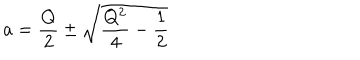
a = \frac { Q } { 2 } \pm \sqrt { \frac { Q ^ { 2 } } { 4 } - \frac { 1 } { 2 } }